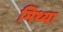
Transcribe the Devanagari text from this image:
मिथ्‍या